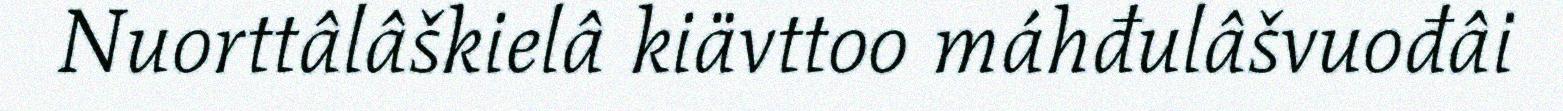
Nuorttâlâškielâ kiävttoo máhđulâšvuođâi